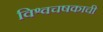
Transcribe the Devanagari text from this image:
विश्वचषकाची